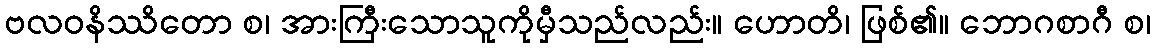
ဗလဝနိဿိတော စ၊ အားကြီးသောသူကိုမှီသည်လည်း။ ဟောတိ၊ ဖြစ်၏။ ဘောဂစာဂီ စ၊